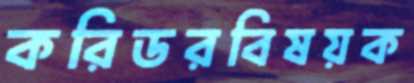
করিডরবিষয়ক